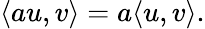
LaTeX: \langle au,v\rangle=a\langle u,v\rangle.